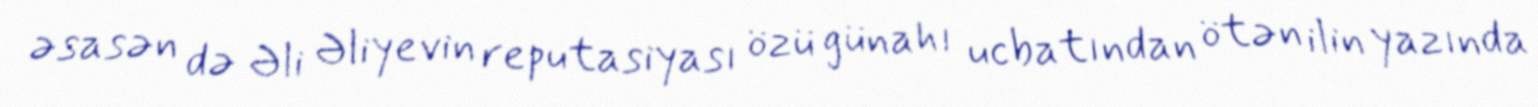
əsasən də Əli Əliyevin reputasiyası özü günahı ucbatından ötən ilin yazında